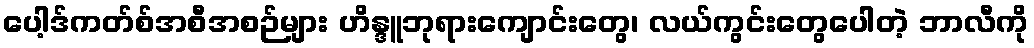
ပေါ့ဒ်ကတ်စ်အစီအစဉ်များ ဟိန္ဒူဘုရားကျောင်းတွေ၊ လယ်ကွင်းတွေပေါတဲ့ ဘာလီကို